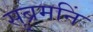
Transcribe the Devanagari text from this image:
सुब्रमनिं